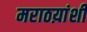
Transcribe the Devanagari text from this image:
मराठय़ांशी